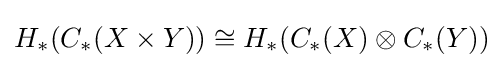
H_{*}(C_{*}(X\times Y))\cong H_{*}(C_{*}(X)\otimes C_{*}(Y))